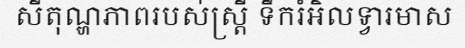
សីតុណ្ហភាពរបស់ស្ត្រី ទឹករំអិលទ្វារមាស